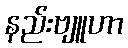
နည်းဗျူဟာ